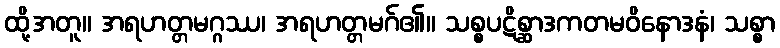
ထို့အတူ။ အရဟတ္တမဂ္ဂဿ၊ အရဟတ္တမဂ်၏။ သစ္စပဋိစ္ဆာဒကတမဝိနောဒနံ၊ သစ္စာ